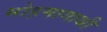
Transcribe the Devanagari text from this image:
मोहमायाथी